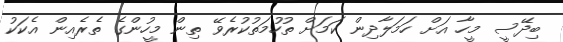
ބިދޭސީ މީހާ އަށް ހަމަލާދިން ކަމަށް ތުހުމަތުކުރެވޭ ތިން މީހުންގެ ތެރެއިން އެކަކު